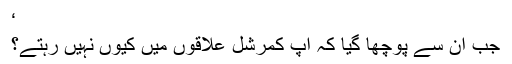
‘
جب ان سے پوچھا گیا کہ آپ کمرشل علاقوں میں کیوں نہیں رہتے؟